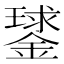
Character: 𨫣